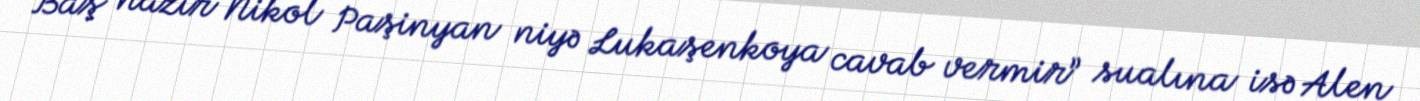
“Baş nazir Nikol Paşinyan niyə Lukaşenkoya cavab vermir” sualına isə Alen